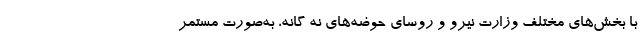
با بخش‌های مختلف وزارت نیرو و روسای حوضه‌های نه گانه، به‌صورت مستمر